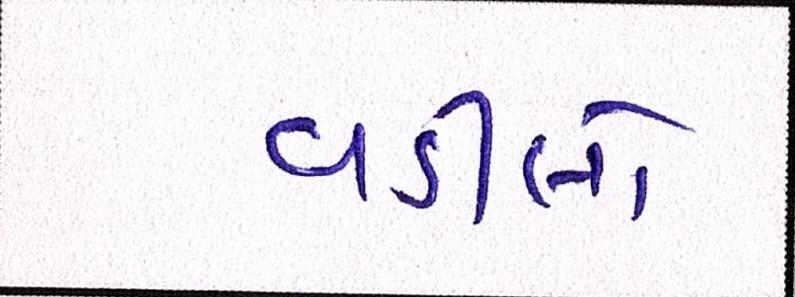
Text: વડીલો